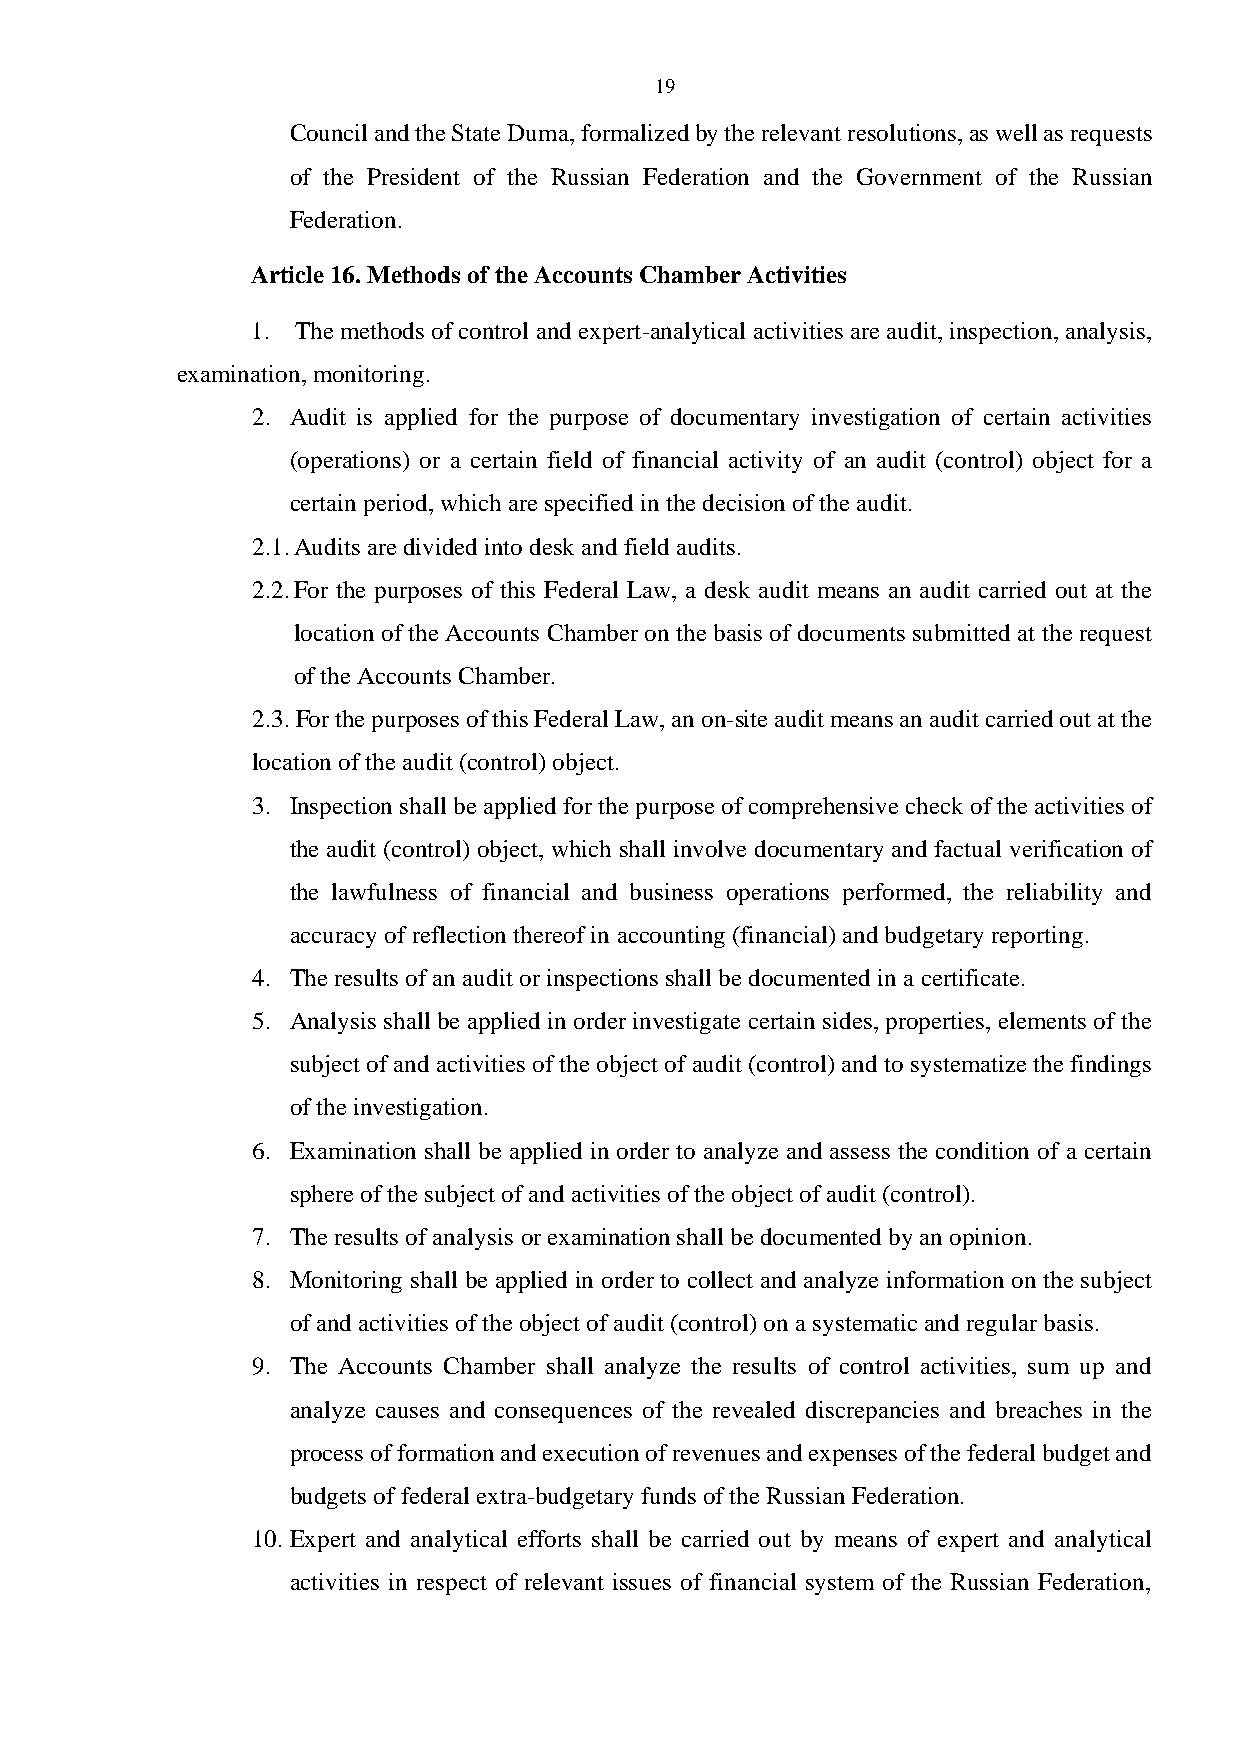
19
 Council and the State Duma, formalized by the relevant resolutions, as well as requests
 of the President of the Russian Federation and the Government of the Russian
 Federation.
 Article 16. Methods of the Accounts Chamber Activities
 1. The methods of control and expert-analytical activities are audit, inspection, analysis,
 examination, monitoring.
 2. Audit is applied for the purpose of documentary investigation of certain activities
 (operations) or a certain field of financial activity of an audit (control) object for a
 certain period, which are specified in the decision of the audit.
 2.1. Audits are divided into desk and field audits.
 2.2. For the purposes of this Federal Law, a desk audit means an audit carried out at the
 location of the Accounts Chamber on the basis of documents submitted at the request
 of the Accounts Chamber.
 2.3. For the purposes of this Federal Law, an on-site audit means an audit carried out at the
 location of the audit (control) object.
 3. Inspection shall be applied for the purpose of comprehensive check of the activities of
 the audit (control) object, which shall involve documentary and factual verification of
 the lawfulness of financial and business operations performed, the reliability and
 accuracy of reflection thereof in accounting (financial) and budgetary reporting.
 4. The results of an audit or inspections shall be documented in a certificate.
 5. Analysis shall be applied in order investigate certain sides, properties, elements of the
 subject of and activities of the object of audit (control) and to systematize the findings
 of the investigation.
 6. Examination shall be applied in order to analyze and assess the condition of a certain
 sphere of the subject of and activities of the object of audit (control).
 7. The results of analysis or examination shall be documented by an opinion.
 8. Monitoring shall be applied in order to collect and analyze information on the subject
 of and activities of the object of audit (control) on a systematic and regular basis.
 9. The Accounts Chamber shall analyze the results of control activities, sum up and
 analyze causes and consequences of the revealed discrepancies and breaches in the
 process of formation and execution of revenues and expenses of the federal budget and
 budgets of federal extra-budgetary funds of the Russian Federation.
 10. Expert and analytical efforts shall be carried out by means of expert and analytical
 activities in respect of relevant issues of financial system of the Russian Federation,